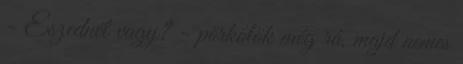
- Eszednél vagy? - pörkölök még rá, majd nemes